General report no. 6 on the lunatic asylums, vaccination and dispensaries in the Bengal Presidency, 1873 -
Year: 1873
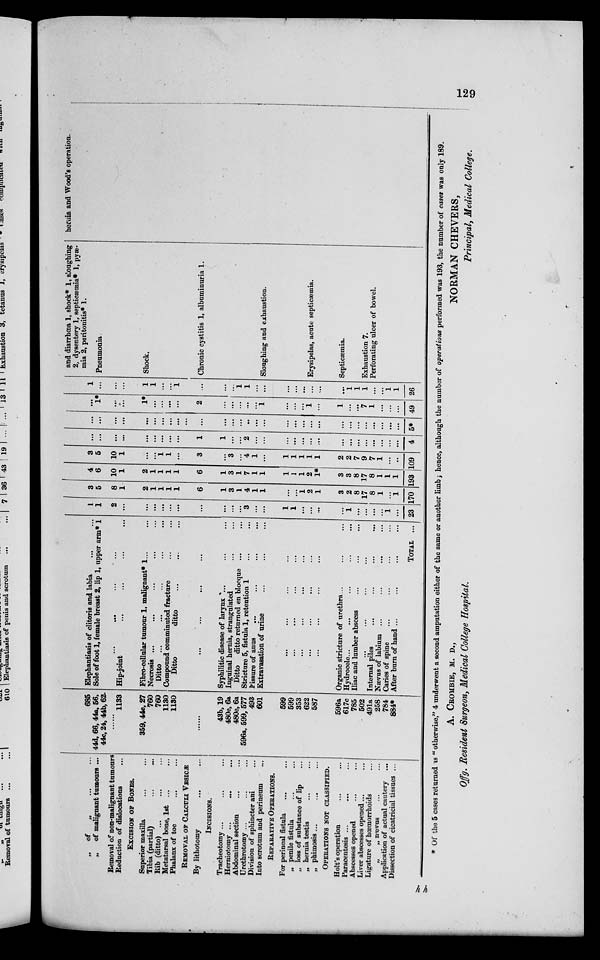
„ of
„
... ...
„
of malignant tumours ...
Removal of non-malignant tumours
Redaction of dislocations ...
EXCLSION OF BONES.
Superior maxilla ... ...
Tibia (partial) ... ...
Rib (ditto) ... ... ...
Metatarsal bone, 1st ... ... ...
Phalanx of toe ... ...
REMOVAL OF CALCULI VESICÆ
By lithotomy ... ...
INCISIONS.
Tracheotomy ... ... ...
Herniotomy ...
...
...
Abdominal section ... ...
Urethrotomy ... ... ...
Division of sphincter ani ...
Into scrotum and perineum ...
REPARATIVE OPERATIONS.
For perineal fistula ... ...
„ penile fistula ... ...
„ loss of substance of lip ...
„ hernia testis ... ...
„ phimosis ... ... ...
OPERATIONS NOT CLASSIFIED.
Holt's operation ... ...
Paracentesis ... ... ...
Abscesses opened ... ...
Liver abscesses opened ... ...
Ligature of haemorrhoids ...
„
„ nævns ... ...
Application of actual cautery ...
Dissection of cicatricial tissues ...
685
44d, 66, 44a, 56,
44c, 24, 44b, 62.
......
1133
359,44e,27
760
760
1130
1130
43b, 19
480e,6a
480e,6a
596a, 599, 577
493
601
599
599
353
622
587
596a
617c
785
502
491a
258
784
884*
Elephantiasis of clitoris and labia ... ...
Sole of foot 1, female breast 2, lip 1, upper arm* 1
...
...
...
...
Hip-joint ... ... ... ...
Fibro-cellular tumour 1. malignant* 1... ...
Necrosis ... ... ... ... ...
Ditto ... ... ... ... ...
Compound comminuted fracture ... ...
Ditto
ditto ... ... ...
... ... ... ...
Syphilitic disease of larynx ... ... ...
Inguinal hernia, strangulated ... ...
Ditto ditto returned en blocque ... ...
Stricture 5, fistula 1, retention 1 ... ...
Fissure of anus ... ... ... ...
Extravasation of urine ... ... ...
... ... ... ...
...
...
...
...
...
...
...
...
...
...
...
...
... ... ... ...
Organic stricture of urethra... ... ...
Hydrocele... ... ... ... ...
Iliac and lumber abscess ... ... ...
... ... ... ...
Internal piles ... ... ... ...
Nævus of labium ... ... ... ...
Caries of spine ... ... ... ...
After burn of hand ... ... ...
TOTAL
...
1
1
2
...
...
...
...
...
...
...
...
...
...
3
...
...
1
1
...
...
...
1
...
...
...
...
1
23 .
3
5
8
1
2
1
1
1
1
6
1
3
1
4
1
1
...
...
1
2
1
3
2
8
17
8
1
...
1
170
4
6
10
1
2
1
1
1
1
6
1
3
1
7
1
1
1
1
1
2
1*
3
3
8
17
8
1
1
1
L93
3
6
10
1
...
...
1
1
...
3
...
3
...
4
1
...
1
1
1
1
1
2
2
7
9
7
1
...
...
109
...
...
...
...
...
...
...
...
...
1
1
...
...
2
...
...
...
...
...
...
...
...
...
...
...
...
...
...
...
4
...
...
...
...
...
...
...
...
...
...
...
...
...
...
...
...
...
...
...
...
...
...
...
...
...
...
...
...
5*
...
1*
...
...
1*
...
...
...
...
2
...
...
...
...
...
1
...
...
...
1
...
1
...
...
7
1
...
...
49
1
...
...
...
1
1
...
...
1
...
...
...
1
1
...
...
...
...
...
...
...
...
1
1
1
...
...
1
1
26
and diarrhœa 1, shock* 1, sloughing
2, dysentery 1, septicaemia* 1, pyæ-
mia 2, peritonitis* 1.
Pneumonia
Shock.
Chronic cystitis 1, albuminuria 1.
Sloughing and exhaustion.
Erysipelas, acute septicaemia.
Septicaemia.
Exhaustion 7.
Perforating ulcer of bowel.
hernia and Wood's operation.
* Of the 5 cases returned is "otherwise," 4 underwent a second amputation either of the same or another limb; hence, although the number of operations performed was 193, the number of cases was only 189.
A. CROMBIE, M. D.,
NORMAN CHEVERS,
Offg. Resident Surgeon, Medical College Hospital.
Principal, Medical College.
hh